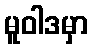
မူဝါဒမှာ